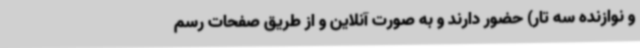
و نوازنده سه تار) حضور دارند و به صورت آنلاین و از طریق صفحات رسم